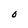
Character: O